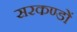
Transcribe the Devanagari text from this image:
सरकण्डों